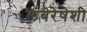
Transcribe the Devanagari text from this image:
लंबरेषेशी